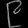
Digit: ၉